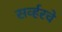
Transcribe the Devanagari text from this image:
सर्व्हरचे